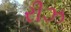
રીઝ